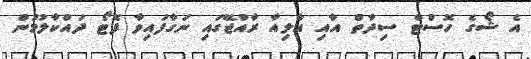
އެ ޝޯގެ ހޮސްޓް ސިދާތް އާއި އާލިއާ ރާއްޖޭގައި ނަގާފައިވާ ފޮޓޯ ދައްކާލުމުން